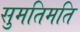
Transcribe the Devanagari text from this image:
सुमतिमति